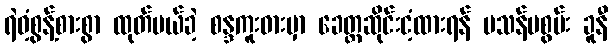
ရဲဝံ့စွန့်စားစွာ ထုတ်ပယ်ခဲ့ စန္ဒကူးဓားမှာ ခေတ္တဆိုင်းငံ့ထားရန် မသန်မစွမ်း ခူနီ